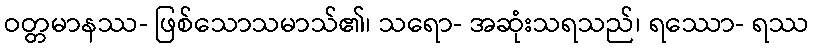
ဝတ္တမာနဿ- ဖြစ်သောသမာသ်၏၊ သရော- အဆုံးသရသည်၊ ရဿော- ရဿ